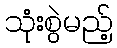
သုံးစွဲမည့်